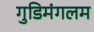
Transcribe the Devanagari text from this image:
गुडिमंगलम